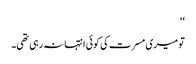
‘‘
تو میری مسرت کی کوئی انتہا نہ رہی تھی۔